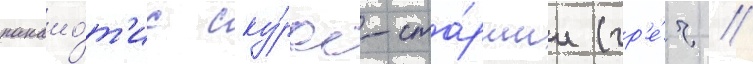
панаио́т'ис ску́рас-ста́ршии (гр'е́ч //